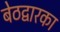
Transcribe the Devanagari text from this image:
बेठद्वारका